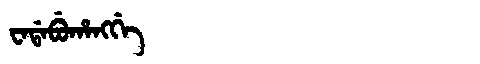
Manchu: ᠸᠠᡩᠠᠪᡠᡥᠠᠩᡤᡝ
Romanization: WADABUHANGGE